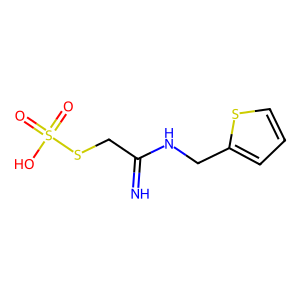
SMILES: N=C(CSS(=O)(=O)O)NCc1cccs1
Inhibits HIV replication: No